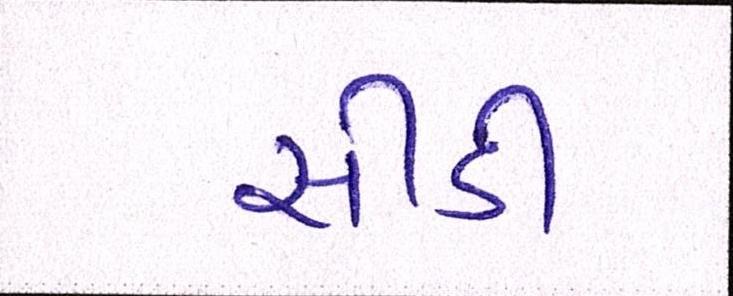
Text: સીડી